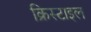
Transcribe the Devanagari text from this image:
क्रिस्टाइल